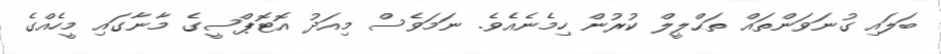
ބަލައި ގުނަވަންތައް ތަޙްލީލް ކުރުން ހިމެނެއެވެ. ނަމަވެސް މިއަދު އޮޮޓޮޕްސީގެ މާނާގައި މީހެއްގެ